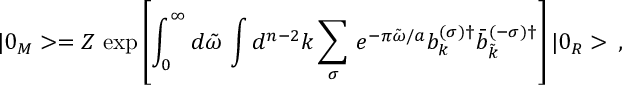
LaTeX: | 0 _ { M } > = Z \, \exp \left[ { \int _ { 0 } ^ { \infty } d \tilde { \omega } \, \int d ^ { n - 2 } k \sum _ { \sigma } \, e ^ { - \pi \tilde { \omega } / a } b _ { k } ^ { ( \sigma ) \dagger } \bar { b } _ { \tilde { k } } ^ { ( - \sigma ) \dagger } } \right] | 0 _ { R } > \, { , }